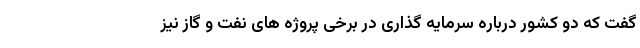
گفت که دو کشور درباره سرمایه گذاری در برخی پروژه های نفت و گاز نیز